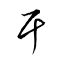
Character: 干